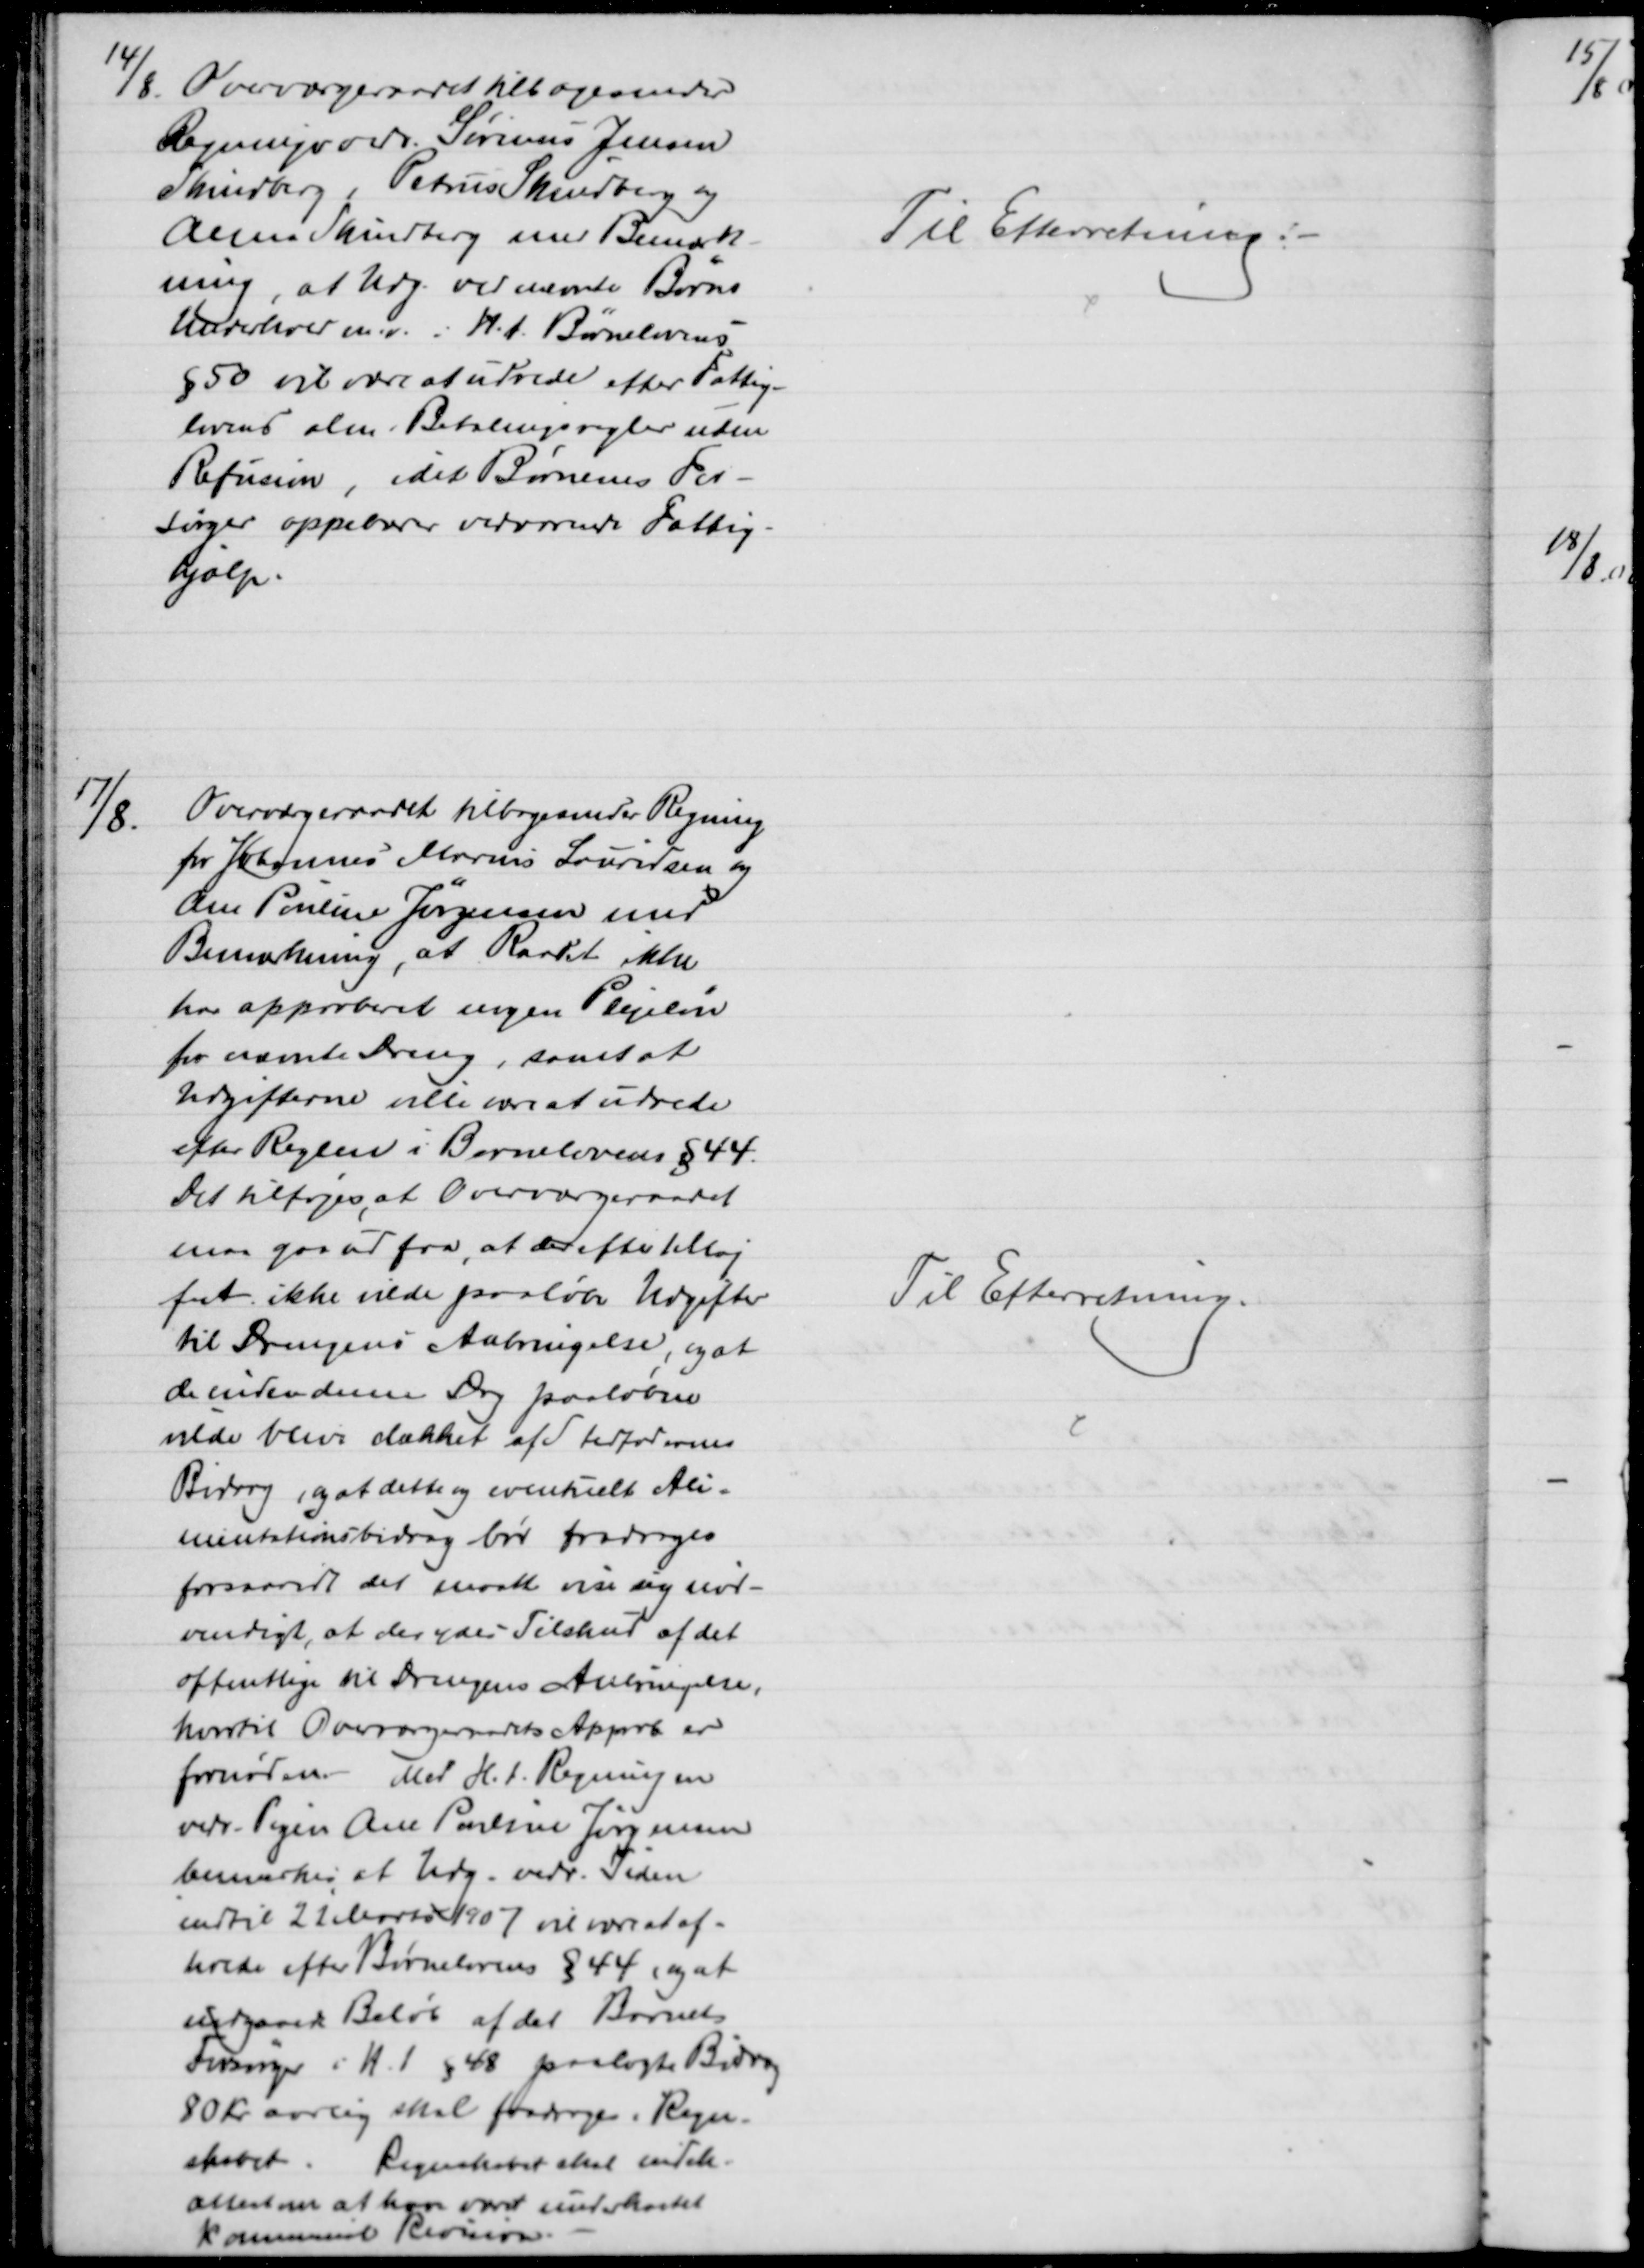
Transskription:
4/8. Overværgeraadet tilbagesender
Regninger over Sørinus Jensen
Skindberg, Petrus Skindberg og
Alma Skindberg med Bemærk
ning, at Udv. ved nævnte Børns
Underhold m.v. i H. t. Børnelovens
§ 50 vil være at udrede efter Fattig-
lovens alm. Betalingsregler uden
Refusion, idet Børnenes For-
sørger oppebærer vedvarende Fattig-
hjælp.
Til Efterretning
17/8.
Overværgeraadet tilbagesender Regning
for Johannes Marius Lauridsen og
Ane Pouline Jørgensen med
Bemærkning at Raadet ikke
har approberet nogen Plejeløn
for nævnte Dreng, samt at
Udgifterne ville være at udrede
efter Reglen i Børnelovens § 44.
Det tilføjes, at Overværgeraadet
maa gaa ud fra, at der efter 1 Maj
f. A. ikke vilde paaløbe Udgifter
til Drengens Anbringelse, og at
de inden denne Dag paaløbne
vilde blive dækket af Stedfædrenes
Bidrag, og at dette og eventuelt Ali-
mentationsbidrag bør fradrages
forsaavidt det maatte vise sig nød-
vendigt, at der ydes Tilskud af det 
offentlige til Drengens Anbringelse,
hvortil Overværgeraadets Approb. er
fornøden. Med H. t. Regningen
vedr. Pigen Ane Pouline Jørgensen
bemærkes at Udg. vedr. Tiden
indtil 22 Marts 1907 vil være at af-
holde efter Børnelovens § 44, og at
indgaaede Beløb af det Barnets
Forsørger i H. t § 48 paalagte Bidrag
80 Kr aarlig skal fradrages i Regn-
skabet. Regnskabet skal indeh.
attest om at have været underkastet
Kommunes Revision.
Til Efterretning.